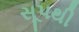
સૂપથી